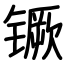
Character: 镢